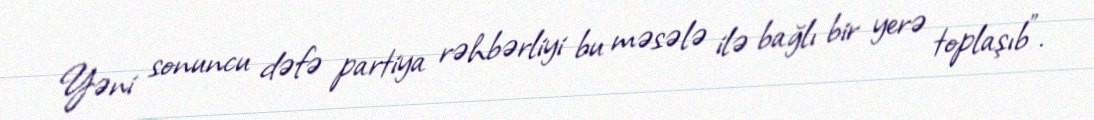
Yəni sonuncu dəfə partiya rəhbərliyi bu məsələ ilə bağlı bir yerə toplaşıb”.